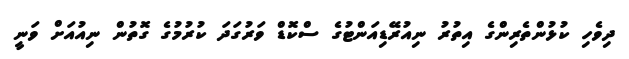
ދިވެހި ކުޅުންތެރިންގެ އިތުރު ނިއުރޭޑިއަންޓުގެ ސްކޮޑް ވަރުގަދަ ކުރުމުގެ ގޮތުން ނިއުއަށް ވަނީ